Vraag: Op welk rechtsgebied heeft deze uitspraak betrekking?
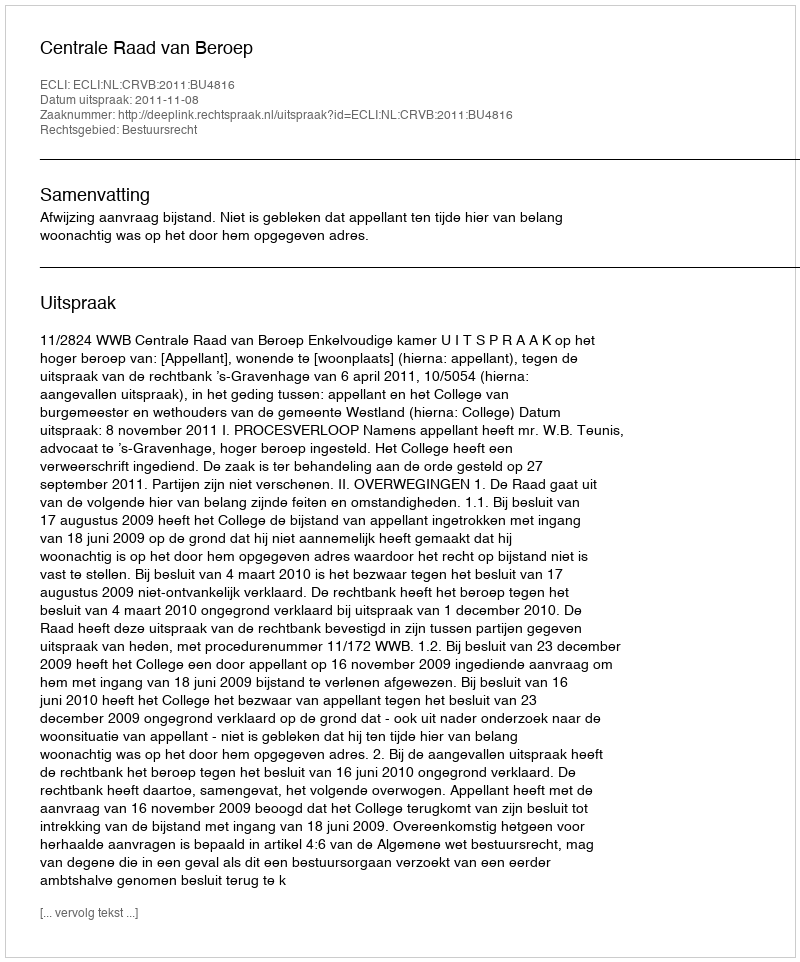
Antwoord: Bestuursrecht